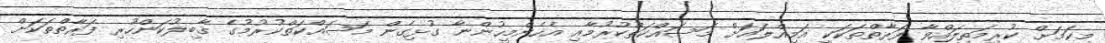
މިކަމަށް ކުރިމަތިލައްވާ ފަރާތްތަކަކީ އަމިއްލައަށް މަސައްކަތްކުރުމާއި އެހެންމީހުންނާ ގުޅިގެން މަސައްކަތްކުރުމުގެ ޤާބިލުކަންހުރި ފަރާތްތަކަށް